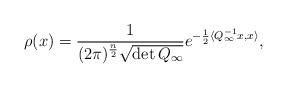
LaTeX: \begin{align*}\rho(x)=\frac{1}{(2\pi)^{\frac{n}{2}}\sqrt{\det Q_{\infty}}}e^{-\frac{1}{2}\langle Q_{\infty}^{-1}x,x\rangle},\end{align*}